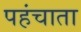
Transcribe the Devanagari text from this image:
पहंचाता